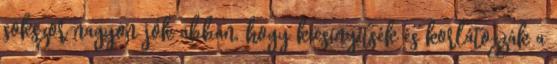
sokszor nagyon jók abban, hogy kicsinyítsék és korlátozzák a